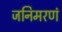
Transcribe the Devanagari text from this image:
जनिमरणं